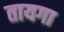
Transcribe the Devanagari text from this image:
तायगा